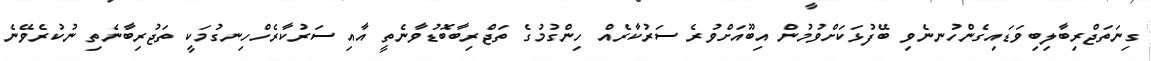
ގިނަތަޖްރިބާލިބިވަޑައިގެންހުނނެވި ބޭފުޅަކަށްވުމުން އިބޫއަށްވުރެ ސަރުކާރެއް ހިންގުމުގެ ތަޖްރިބާބޮޑުވާނެތީ އާއި ސަރުކާރެހްހިނގުމަކީ ތަޖުރިބާނެތި ނުކުރެވޭނެ